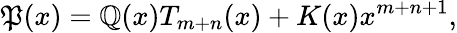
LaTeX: \mathfrak{P}(x)=\mathbb{Q}(x)T_{m+n}(x)+K(x)x^{m+n+1},